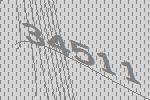
34511